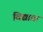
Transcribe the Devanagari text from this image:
विद्याफ़